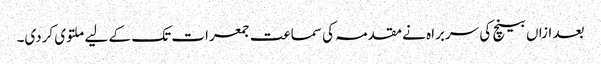
بعد ازاں بینچ کی سربراہ نے مقدمہ کی سماعت جمعرات تک کے لیے ملتوی کردی۔